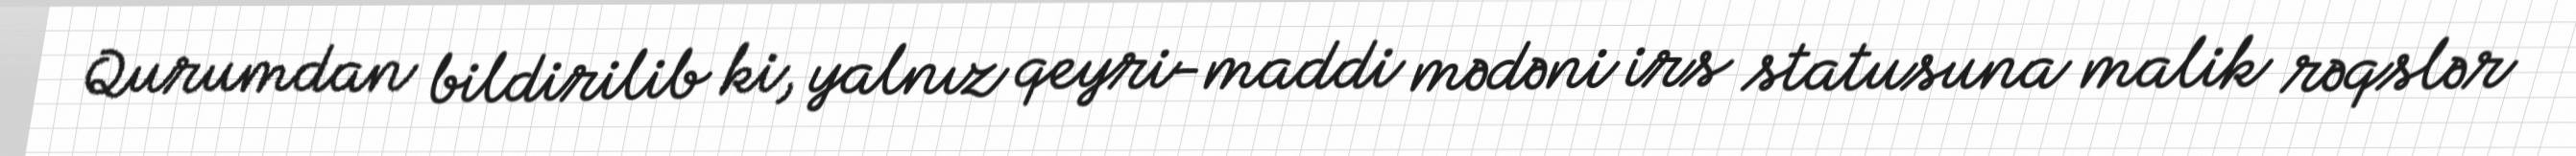
Qurumdan bildirilib ki, yalnız qeyri-maddi mədəni irs statusuna malik rəqslər